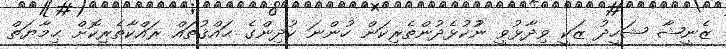
ޒެނީޝާ ޝަހީދު ޒަކީ ވިދާޅުވީ ނުުކުޅެދުންތެރިކަން ހުންނަ ކުދިންގެ ޙައްޤުތައް ރައްކާތެރިކޮށް ޙިމާޔަތް